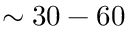
\sim 3 0 - 6 0